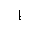
Letter: _alif